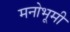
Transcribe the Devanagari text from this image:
मनोभूमी